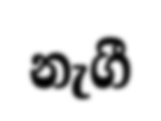
නැගී